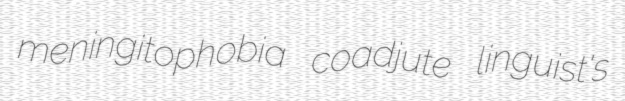
meningitophobia coadjute linguist's